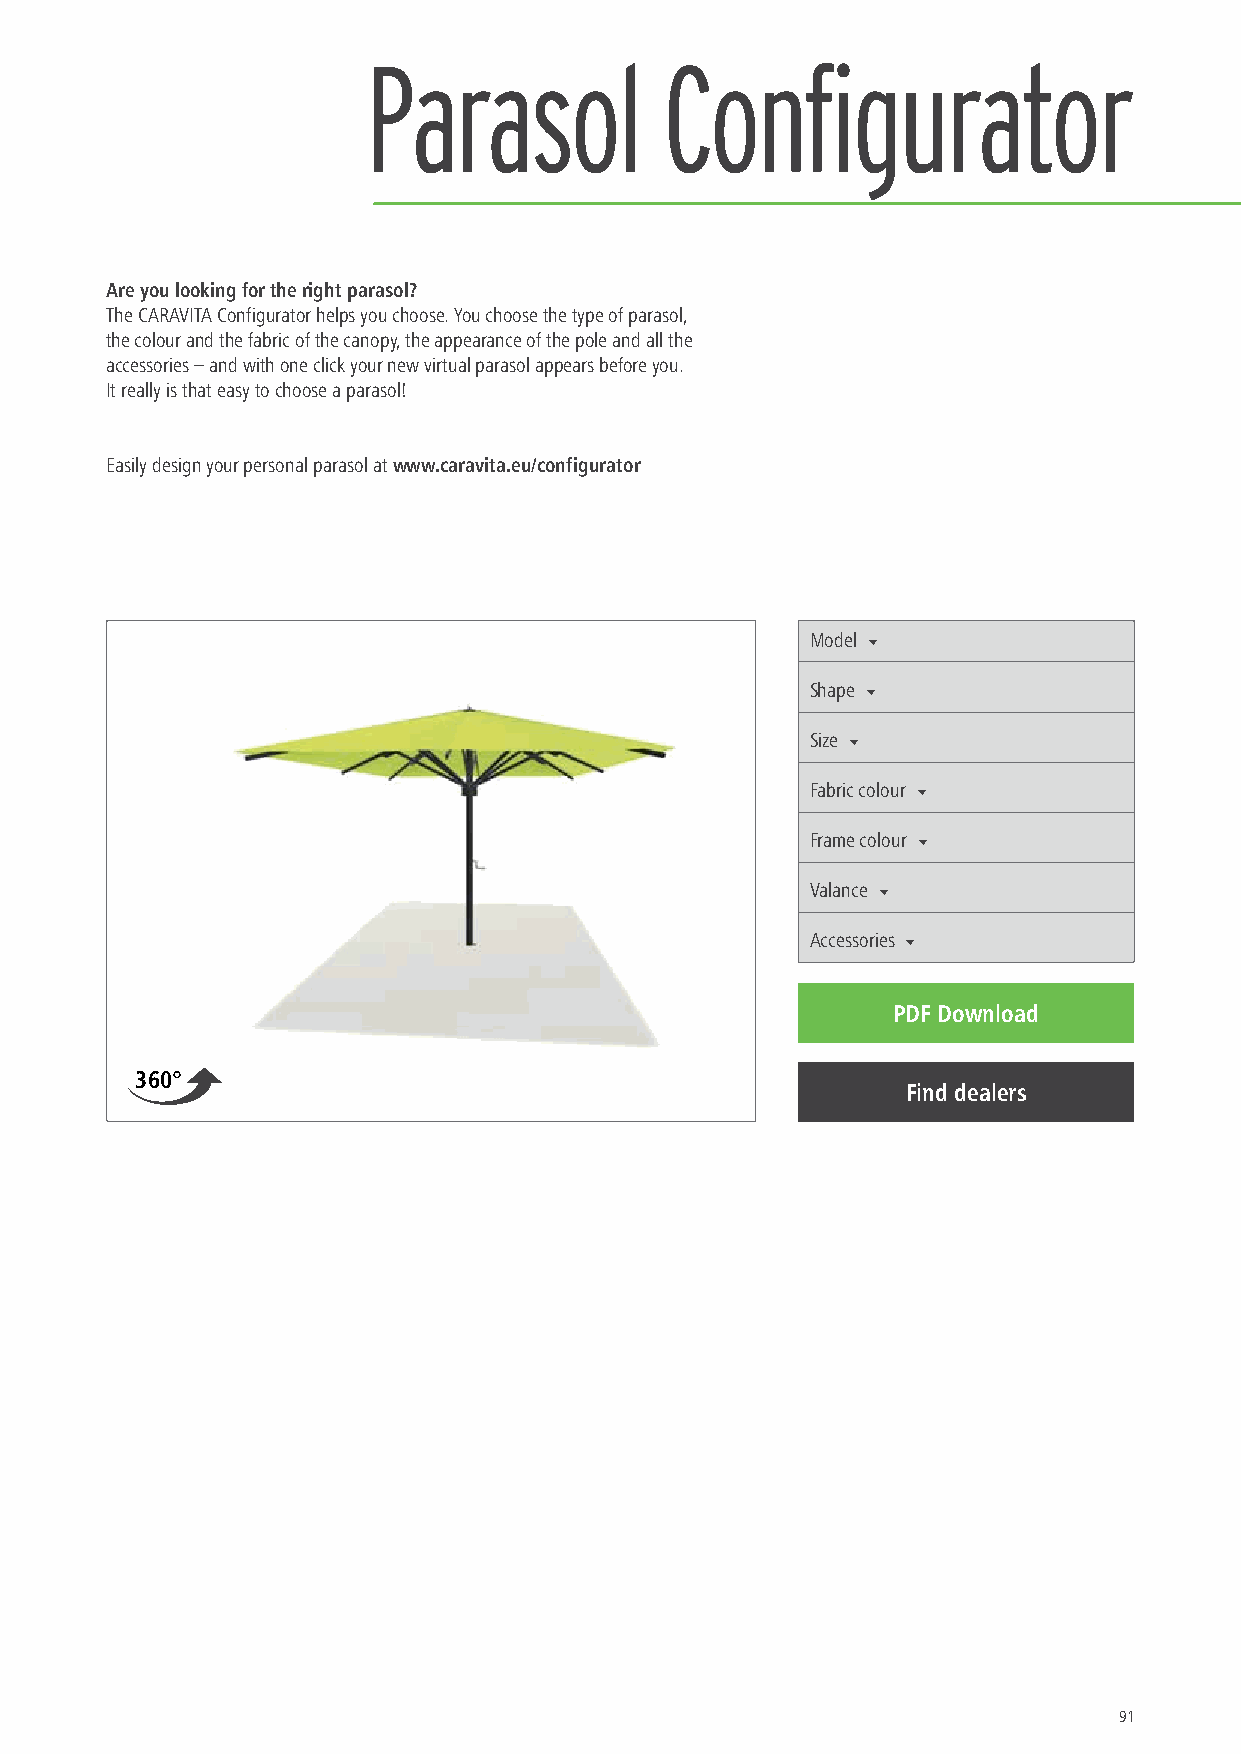
Parasol             Configurator
 Are you looking for the right parasol?
 The CARAVITA Configurator helps you choose. You choose the type of parasol,
 the colour and the fabric of the canopy, the appearance of the pole and all the
 accessories – and with one click your new virtual parasol appears before you.
 It really is that easy to choose a parasol!
 Easily design your personal parasol at www.caravita.eu/configurator
 Model
 ▼
 Shape
 ▼
 Size
 ▼
 Fabric colour
 ▼
 Frame colour
 ▼
 Valance
 ▼
 Accessories
 ▼
 PDF Download
 360°
 Find dealers
 Screen printing
 91